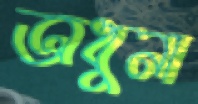
অধুনা